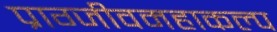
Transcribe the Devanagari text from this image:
प्राग्जीवमहाकल्प